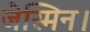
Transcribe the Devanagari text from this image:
जेस्मिन।